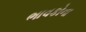
ભાવકોના